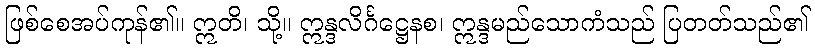
ဖြစ်စေအပ်ကုန်၏။ ဣတိ၊ သို့။ ဣန္ဒလိင်္ဂဋ္ဌေနစ၊ ဣန္ဒမည်သောကံသည် ပြတတ်သည်၏